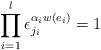
LaTeX: \begin{align*}\prod_{i=1}^{l}\epsilon_{j_{i}}^{\alpha_{i}w(e_{i})}=1\end{align*}